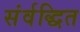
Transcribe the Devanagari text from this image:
संर्वद्धित